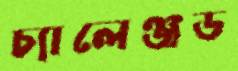
চ্যালেঞ্জড